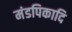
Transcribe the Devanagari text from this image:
मंडपिकादि